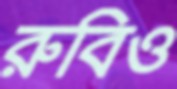
রুবিও